Epidemic dropsy in Calcutta - Number 49
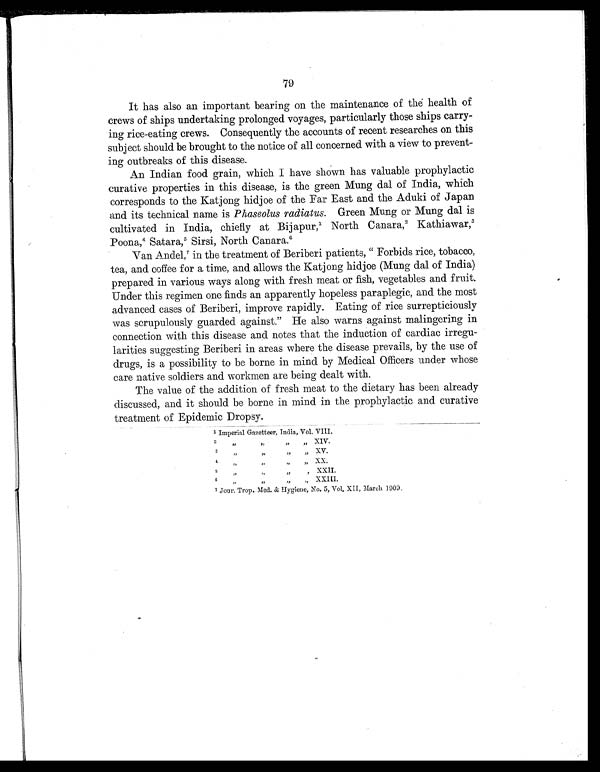
79
It has also an important bearing on the maintenance of the health of
crews of ships undertaking prolonged voyages, particularly those ships carry-
ing rice-eating crews. Consequently the accounts of recent researches on this
subject should be brought to the notice of all concerned with a view to prevent-
ing outbreaks of this disease.
An Indian food grain, which I have shown has valuable prophylactic
curative properties in this disease, is the green Mung dal of India, which
corresponds to the Katjong hidjoe of the Far East and the Aduki of Japan
and its technical name is Phaseolus radiatus . Green Mung or Mung dal is
cultivated in India, chiefly at Bijapur,1 North Canara, 2 Kathiawar, 3
Poona,4 Satara,5 Sirsi, North Canara. 6
Van Andel,7 i n t h e t r e a t m e n t o f B e r i b e r i p a t i e n t s , “ F o r b i d s r i c e , t o b a c c o ,
tea, and coffee for a time, and allows the Katjong hidjoe (Mung dal of India)
prepared in various ways along with fresh meat or fish, vegetables and fruit.
Under this regimen one finds an apparently hopeless paraplegic, and the most
advanced cases of Beriberi, improve rapidly. Eating of rice surrepticiously
was scrupulously guarded against.” He also warns against malingering in
connection with this disease and notes that the induction of cardiac irregu-
larities suggesting Beriberi in areas where the disease prevails, by the use of
drugs, is a possibility to be borne in mind by Medical Officers under whose
care native soldiers and workmen are being dealt with.
The value of the addition of fresh meat to the dietary has been already
discussed, and it should be borne in mind in the prophylactic and curative
treatment of Epidemic Dropsy.
1 Imperial Gazetteer, India, Vol. VIII.
2,, „ „ XIV.
3 ,, ,,
XV.
4 ,, ,, ,, XX
5,, ,, XXII
6 „ „ XXIII
7 Jour. Trop. Med. & Hygiene, No. 5, Vol. XII, March 1909.